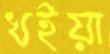
খইয়া